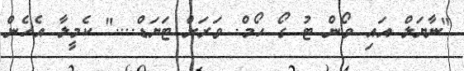
"ނާޔަލް އައި ވޯން ޓު ގޯ ހޯމް. ވަރަށް ޓަޔަޑް...." ކެމީލާ އެހެން